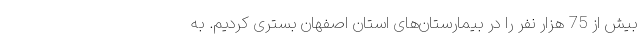
بیش از 75 هزار نفر را در بیمارستان‌های استان اصفهان بستری کردیم. به